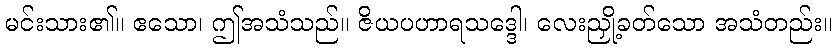
မင်းသား၏။ ဧသော၊ ဤအသံသည်။ ဇိယပဟာရသဒ္ဒေါ၊ လေးညှို့ခတ်သော အသံတည်း။